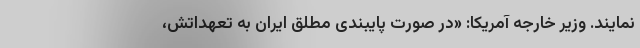
نمایند. وزیر خارجه آمریکا: «در صورت پایبندی مطلق ایران به تعهداتش،